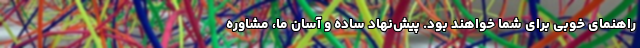
راهنمایِ خوبی برای شما خواهند بود. پیش‌نهاد ساده و آسان ما، مشاوره